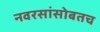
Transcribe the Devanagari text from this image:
नवरसांसोबतच